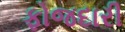
ફોજદારી